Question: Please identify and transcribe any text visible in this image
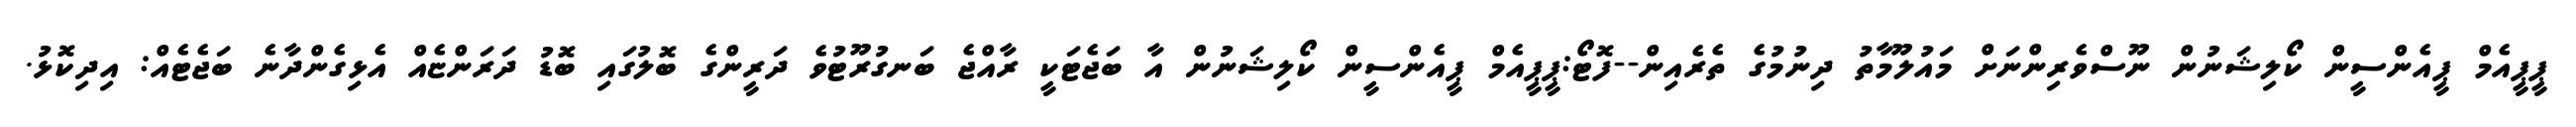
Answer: ޕީޕީއެމް ޕީއެންސީން ކޯލިޝަނުން ނޫސްވެރިންނަށް މައުލޫމާތު ދިނުމުގެ ތެރެއިން--ފޮޓޯ:ޕީޕީއެމް ޕީއެންސީން ކޯލިޝަނުން އާ ބަޖެޓަކީ ރާއްޖެ ބަނގުރޫޓުވެ ދަރީންގެ ބޮލުގައި ބޮޑު ދަރަންޏެއް އެޅިގެންދާނެ ބަޖެޓެއް: އިދިކޮޅު.